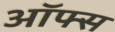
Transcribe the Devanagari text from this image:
ऑफ्स